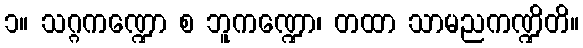
၁။ သဂ္ဂကဏ္ဍော စ ဘူကဏ္ဍော၊ တထာ သာမညကဏ္ဍိတိ။